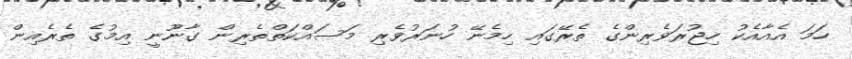
ހަމަ އެއާއެކު ހިޖުރަވެރިންގެ ތެރޭގައި ހިމެނޭ ހުނަރުވެރި މަސައްކަތްތެރިން ގާނޫނީ އިމުގެ ތެރެއިން